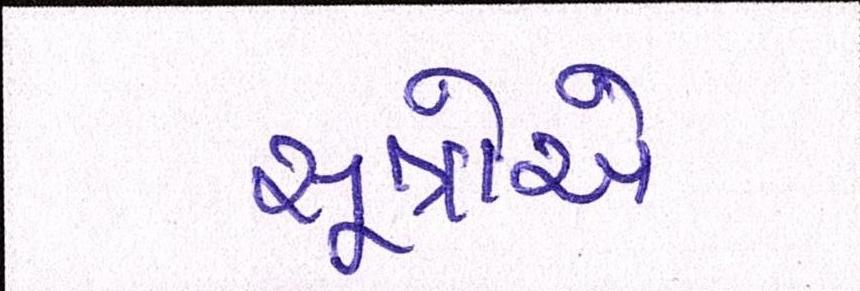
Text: સૂત્રોએ